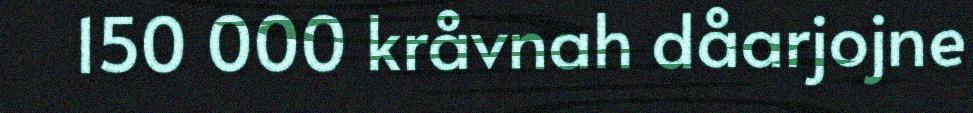
150 000 kråvnah dåarjojne